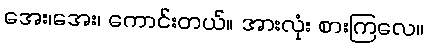
အေး၊အေး၊ ကောင်းတယ်။ အားလုံး စားကြလေ။